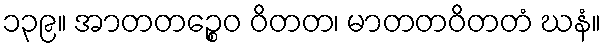
၁၃၉။ အာတတဉ္စေဝ ဝိတတ၊ မာတတဝိတတံ ဃနံ။